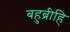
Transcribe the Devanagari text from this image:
बहुब्रीहि